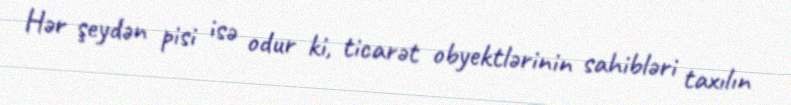
Hər şeydən pisi isə odur ki, ticarət obyektlərinin sahibləri taxılın